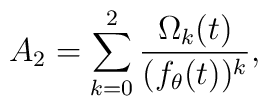
A_{2}=\sum_{k=0}^{2}{\Omega_{k}(t)\over (f_{\theta}(t))^{k}},